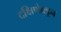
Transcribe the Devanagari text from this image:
दक्षिणेक्डून